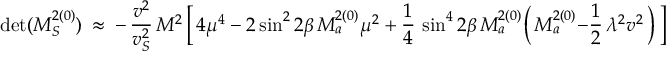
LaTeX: \operatorname * { d e t } ( M _ { S } ^ { 2 ( 0 ) } ) \ \approx \ - \, \frac { v ^ { 2 } } { v _ { S } ^ { 2 } } \, M ^ { 2 } \, \bigg [ \, 4 \mu ^ { 4 } \ - \ 2 \sin ^ { 2 } 2 \beta \, M _ { a } ^ { 2 ( 0 ) } \mu ^ { 2 } \ + \ \frac { 1 } { 4 } \, \sin ^ { 4 } 2 \beta \, M _ { a } ^ { 2 ( 0 ) } \bigg ( \, M _ { a } ^ { 2 ( 0 ) } \: - \: \frac { 1 } { 2 } \, \lambda ^ { 2 } v ^ { 2 } \, \bigg ) \, \bigg ] \, .